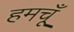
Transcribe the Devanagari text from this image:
हमचूँ